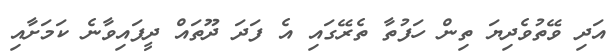
އަދި ވޭތުވެދިޔަ ތިން ހަފުތާ ތެރޭގައި އެ ފަދަ ދޫތައް ދީފައިވާނެ ކަމަށާއި